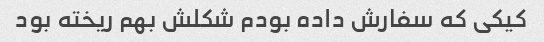
کیکى که سفارش داده بودم شکلش بهم ریخته بود